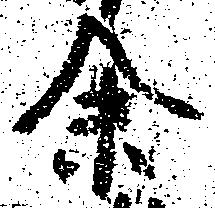
余